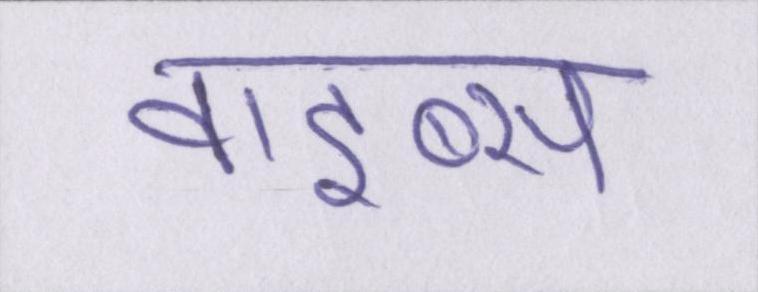
वाइब्स